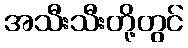
အသီးသီးတို့တွင်